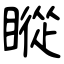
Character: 瞛